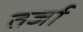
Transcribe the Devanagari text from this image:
तर्जा